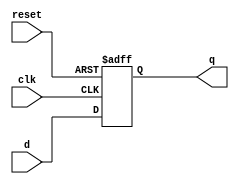
// Listing 4.2
module d_ff_reset
   (
    input wire clk, reset,
    input wire d,
    output reg q
   );

   // body
   always @(posedge clk, posedge reset)
      if (reset)
         q <= 1'b0;
      else
         q <= d;

endmodule